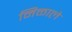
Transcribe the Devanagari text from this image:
मिळालेे